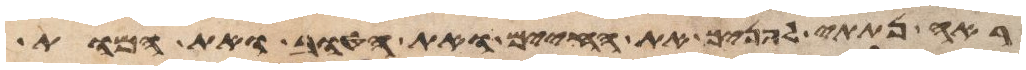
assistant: ראה נתתי לפניך את החיים ואת הטוב ואת המות